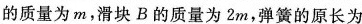
的质量为m，滑块B的质量为2m，弹簧的原长为